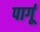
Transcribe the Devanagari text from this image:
पार्गू